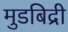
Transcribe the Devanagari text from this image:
मुडबिद्री